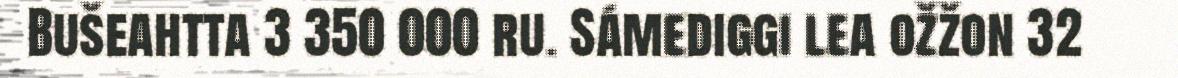
Bušeahtta 3 350 000 ru. Sámediggi lea ožžon 32